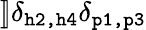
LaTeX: ]\! ]\delta_{\texttt{h2,h4}}\delta_{\texttt{p1,p3}}